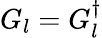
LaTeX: G_{l}=G_{l}^{\dagger}